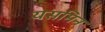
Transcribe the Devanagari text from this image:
यसमिन